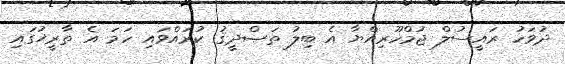
ދުވަހު ރައީސުލް ޖުމްހޫރިއްޔާ އެ ބިލު ތަޞްދީޤު ކުރައްވައި ހަމަ އެ ތާރީޚުގައި